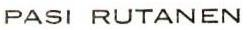
PASI RUTANEN